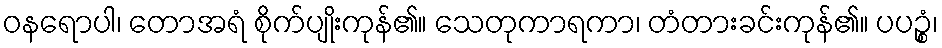
ဝနရောပါ၊ တောအရံ စိုက်ပျိုးကုန်၏။ သေတုကာရကာ၊ တံတားခင်းကုန်၏။ ပပဉ္စံ၊